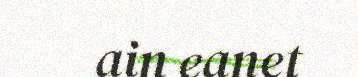
ain eanet